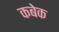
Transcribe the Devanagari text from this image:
कबेक